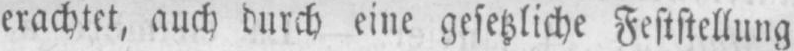
erachtet, auch durch eine gesetzliche Feststellung